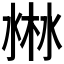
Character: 𣷘